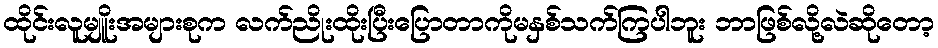
ထိုင်းလူမျိူးအများစုက လက်ညိုးထိုးပြီးပြောတာကိုမနှစ်သက်ကြပါဘူး ဘာဖြစ်လို့လဲဆိုတော့